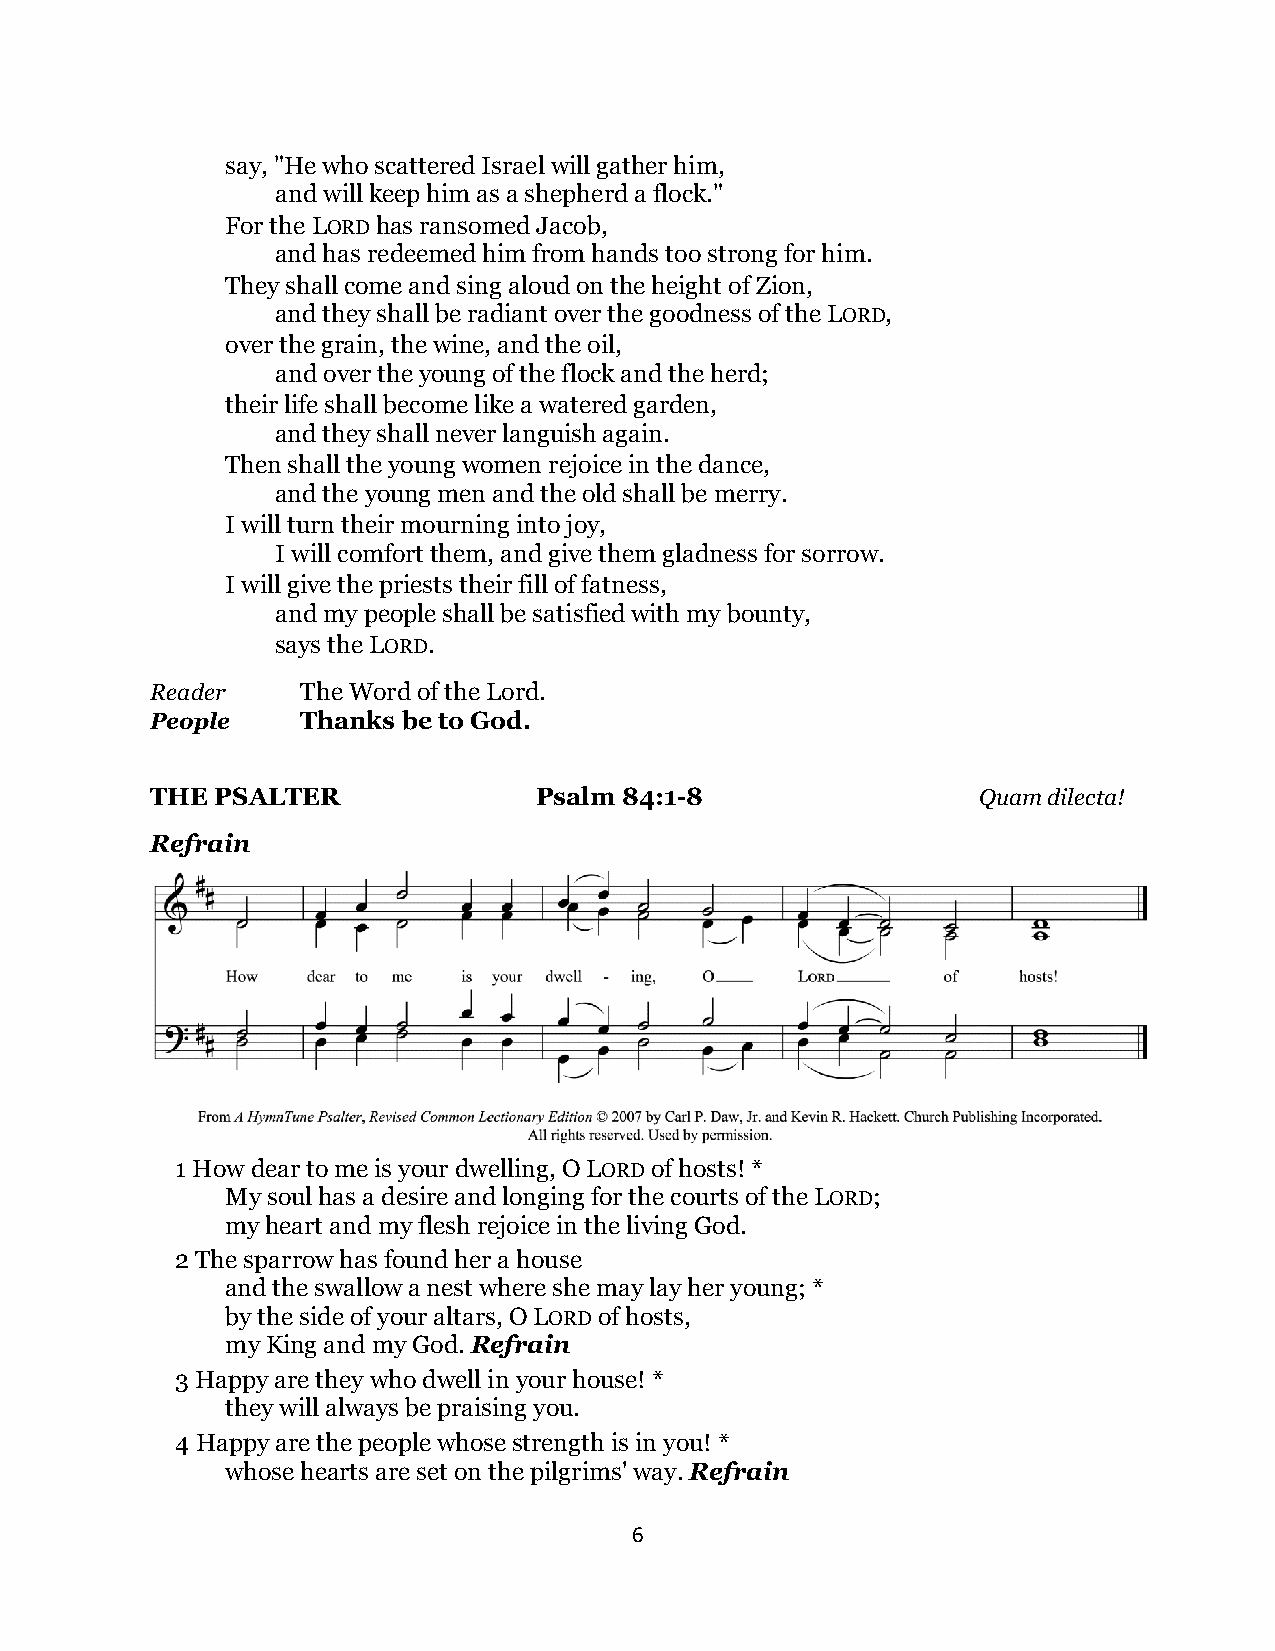
say, "He who scattered Israel will gather him,
 and will keep him as a shepherd a flock."
 For the LORD has ransomed Jacob,
 and has redeemed him from hands too strong for him.
 They shall come and sing aloud on the height of Zion,
 and they shall be radiant over the goodness of the LORD,
 over the grain, the wine, and the oil,
 and over the young of the flock and the herd;
 their life shall become like a watered garden,
 and they shall never languish again.
 Then shall the young women rejoice in the dance,
 and the young men and the old shall be merry.
 I will turn their mourning into joy,
 I will comfort them, and give them gladness for sorrow.
 I will give the priests their fill of fatness,
 and my people shall be satisfied with my bounty,
 says the LORD.
 Reader    The Word of the Lord.
 People    Thanks be to God.
 THE PSALTER               Psalm 84:1-8                 Quam dilecta!
 Refrain
 1 How dear to me is your dwelling, O LORD of hosts! *
 My soul has a desire and longing for the courts of the LORD;
 my heart and my flesh rejoice in the living God.
 2 The sparrow has found her a house
 and the swallow a nest where she may lay her young; *
 by the side of your altars, O LORD of hosts,
 my King and my God. Refrain
 3 Happy are they who dwell in your house! *
 they will always be praising you.
 4 Happy are the people whose strength is in you! *
 whose hearts are set on the pilgrims' way. Refrain
 6